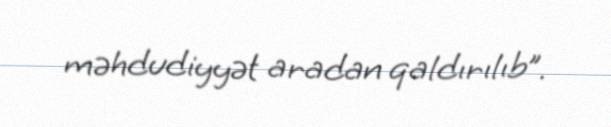
məhdudiyyət aradan qaldırılıb”.